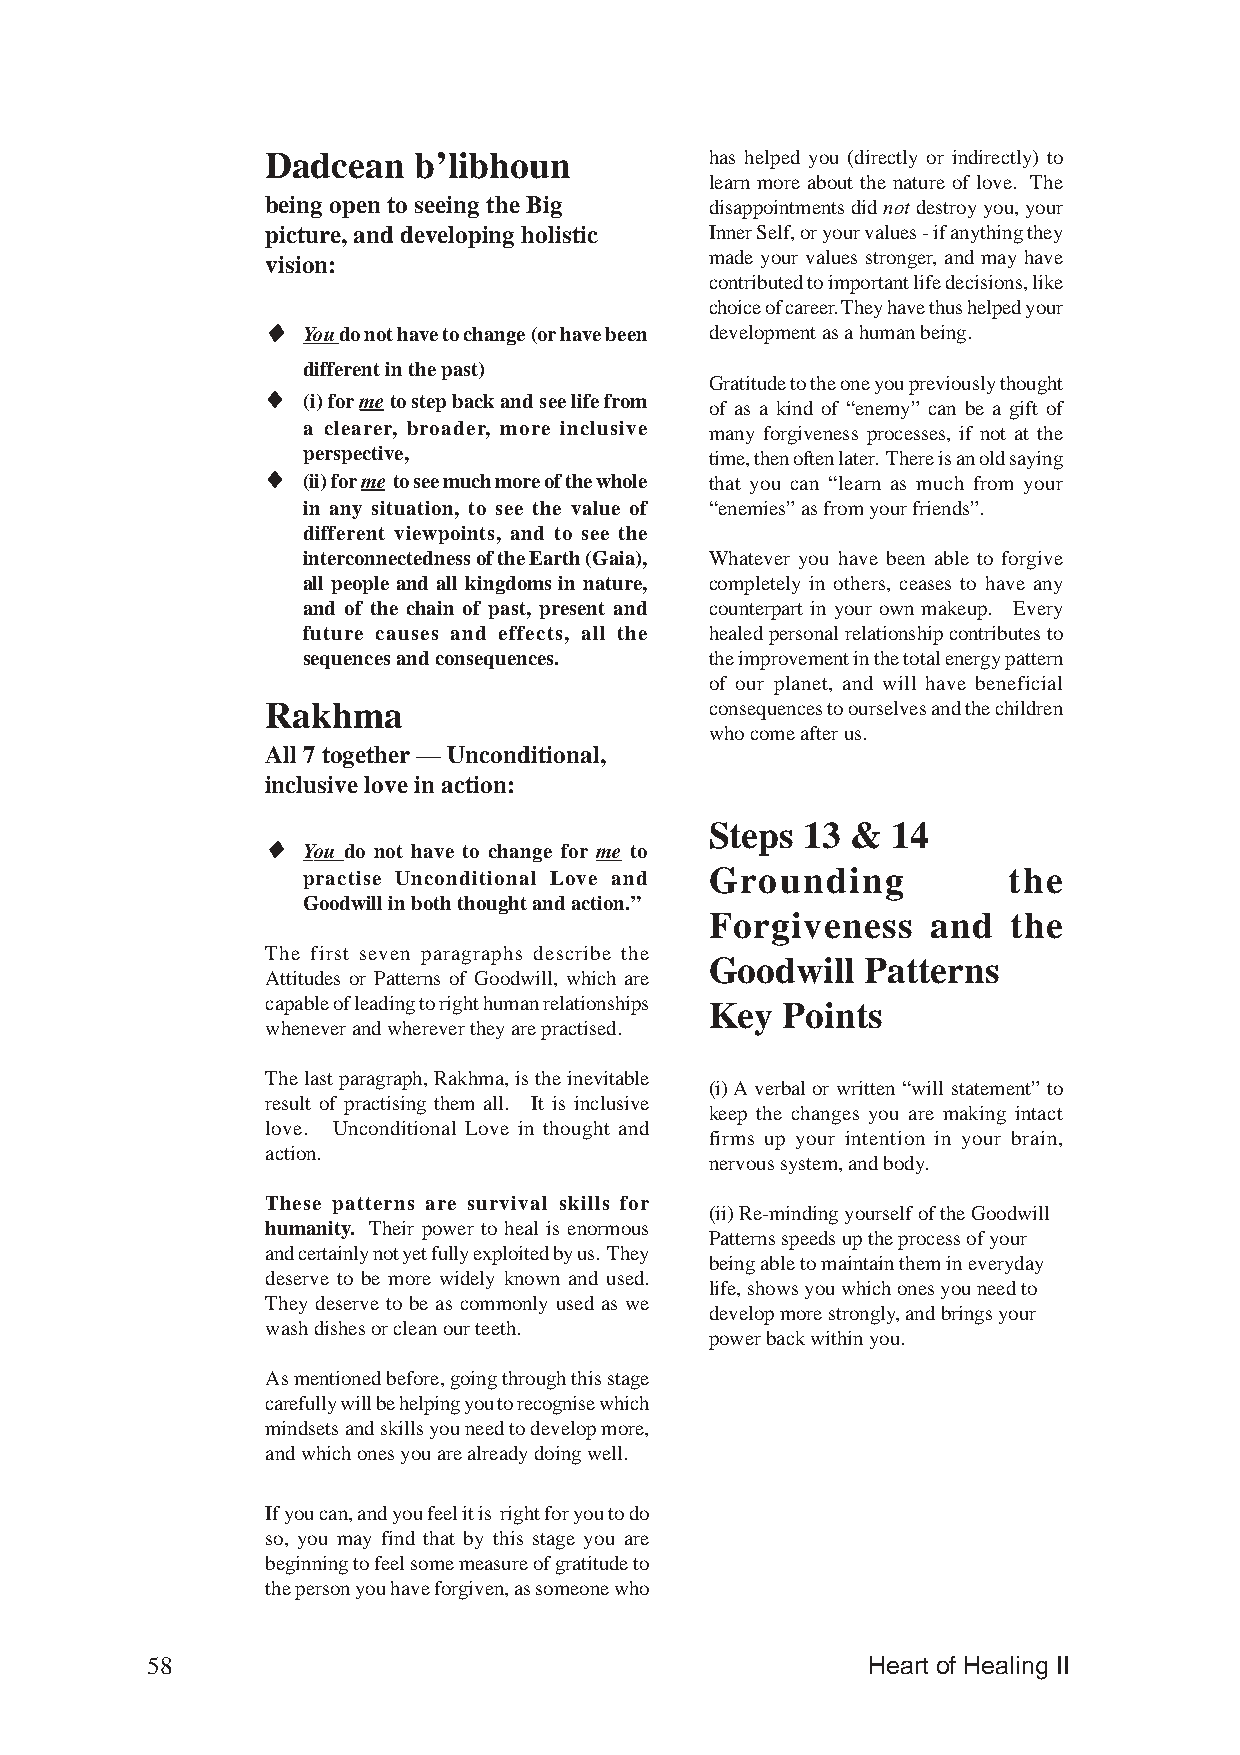
Dadcean  b’libhoun           has helped you (directly or indirectly) to
 learn more about the nature of love. The
 being open to seeing the Big disappointments did not destroy you, your
 picture, and developing holistic Inner Self, or your values - if anything they
 vision:                      made your values stronger, and may have
 contributed to important life decisions, like
 choice of career. They have thus helped your
 ♦♦♦♦♦ You do not have to change (or have been development as a human being.
 different in the past)
 Gratitude to the one you previously thought
 ♦♦♦♦♦ (i) for me to step back and see life from
 of as a kind of “enemy” can be a gift of
 a clearer, broader, more inclusive many forgiveness processes, if not at the
 perspective,               time, then often later. There is an old saying
 ♦♦♦♦♦ (ii) for me to see much more of the whole that you can “learn as much from your
 in any situation, to see the value of “enemies” as from your friends”.
 different viewpoints, and to see the
 interconnectedness of the Earth (Gaia), Whatever you have been able to forgive
 all people and all kingdoms in nature, completely in others, ceases to have any
 and of the chain of past, present and counterpart in your own makeup. Every
 future causes and effects, all the healed personal relationship contributes to
 sequences and consequences. the improvement in the total energy pattern
 of our planet, and will have beneficial
 Rakhma                       consequences to ourselves and the children
 who come after us.
 All 7 together — Unconditional,
 inclusive love in action:
 Steps 13 &  14
 ♦♦♦♦♦ You do not have to change for me to
 practise Unconditional Love and Grounding      the
 Goodwill in both thought and action.”
 Forgiveness    and  the
 The first seven paragraphs describe the
 Goodwill  Patterns
 Attitudes or Patterns of Goodwill, which are
 capable of leading to right human relationships Key Points
 whenever and wherever they are practised.
 The last paragraph, Rakhma, is the inevitable
 (i) A verbal or written “will statement” to
 result of practising them all. It is inclusive
 keep the changes you are making intact
 love. Unconditional Love in thought and
 firms up your intention in your brain,
 action.
 nervous system, and body.
 These patterns are survival skills for
 (ii) Re-minding yourself of the Goodwill
 humanity. Their power to heal is enormous
 Patterns speeds up the process of your
 and certainly not yet fully exploited by us. They
 being able to maintain them in everyday
 deserve to be more widely known and used.
 life, shows you which ones you need to
 They deserve to be as commonly used as we
 develop more strongly, and brings your
 wash dishes or clean our teeth.
 power back within you.
 As mentioned before, going through this stage
 carefully will be helping you to recognise which
 mindsets and skills you need to develop more,
 and which ones you are already doing well.
 If you can, and you feel it is right for you to do
 so, you may find that by this stage you are
 beginning to feel some measure of gratitude to
 the person you have forgiven, as someone who
 58                                             Heart of Healing II